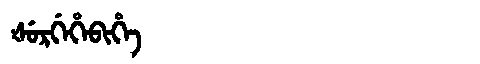
Manchu: ᡧᡠᡵᡤᡝᡥᡝᠪᡳᡥᡝ
Romanization: ŠURGEHEBIHE